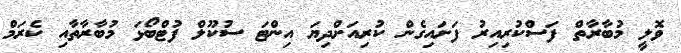
ވޮލީ މުބާރާތް ފަސްކުރިއިރު ފަށައިގެން ކުރިއަށްދިޔަ އިންޓަ ސުކޫލް ފުޓްބޯޅަ މުބާރާތާއި ކެރަމް